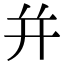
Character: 并